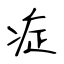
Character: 症